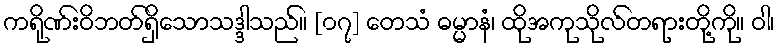
ကရိုဏ်းဝိဘတ်ရှိသောသဒ္ဒါသည်။ [၀၇] တေသံ ဓမ္မာနံ၊ ထိုအကုသိုလ်တရားတို့ကို။ ဝါ၊